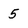
Character: 5